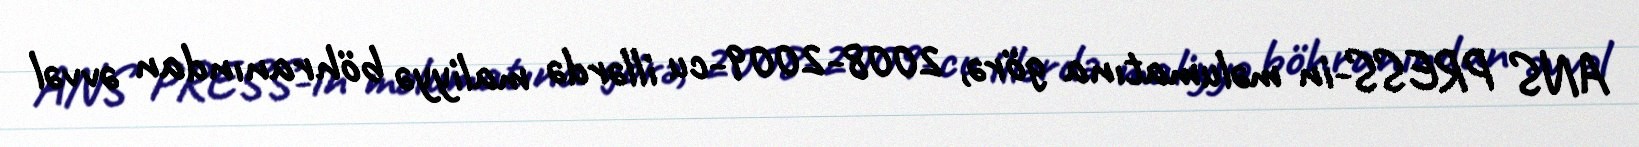
ANS PRESS-in məlumatına görə, 2008-2009-cu illərdə maliyyə böhranından əvvəl